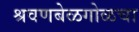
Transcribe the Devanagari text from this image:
श्रवणबेळगोळचा